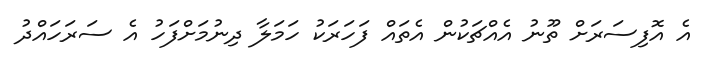
އެ އޮފިސަރަށް ތޫނު އެއްޗަކުން އެތައް ފަހަރަކު ހަމަލާ ދިނުމަށްފަހު އެ ސަރަހައްދު